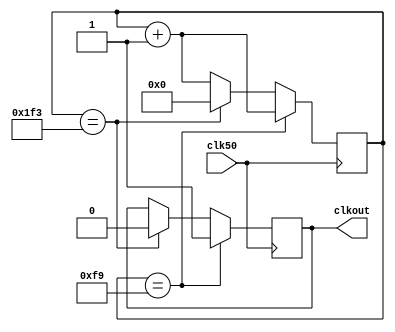
`timescale 1ns / 1ps
//////////////////////////////////////////////////////////////////////////////////
// Company: 
// Engineer: 
// 
// Design Name: 
// Module Name:    clk_div_100k 
// Project Name: 
// Target Devices: 
// Tool versions: 
// Description: 
//
// Dependencies: 
//
// Revision: 
// Revision 0.01 - File Created
// Additional Comments: 
//
//////////////////////////////////////////////////////////////////////////////////
module clk_div_100k(clk50,clkout);

input clk50;
output clkout;	 
reg clkout;
reg [15:0] cnt;

always @(posedge clk50)   
begin
  if(cnt == 16'd249)
  begin
    clkout <= 1'b1;
    cnt <= cnt + 16'd1;
  end
  else if(cnt == 16'd499)
  begin
    clkout <= 1'b0;
    cnt <= 16'd0;
  end
  else
  begin
    cnt <= cnt + 16'd1;
  end
end
endmodule